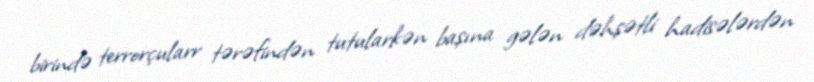
birində terrorçularr tərəfindən tutularkən başına gələn dəhşətli hadisələrdən